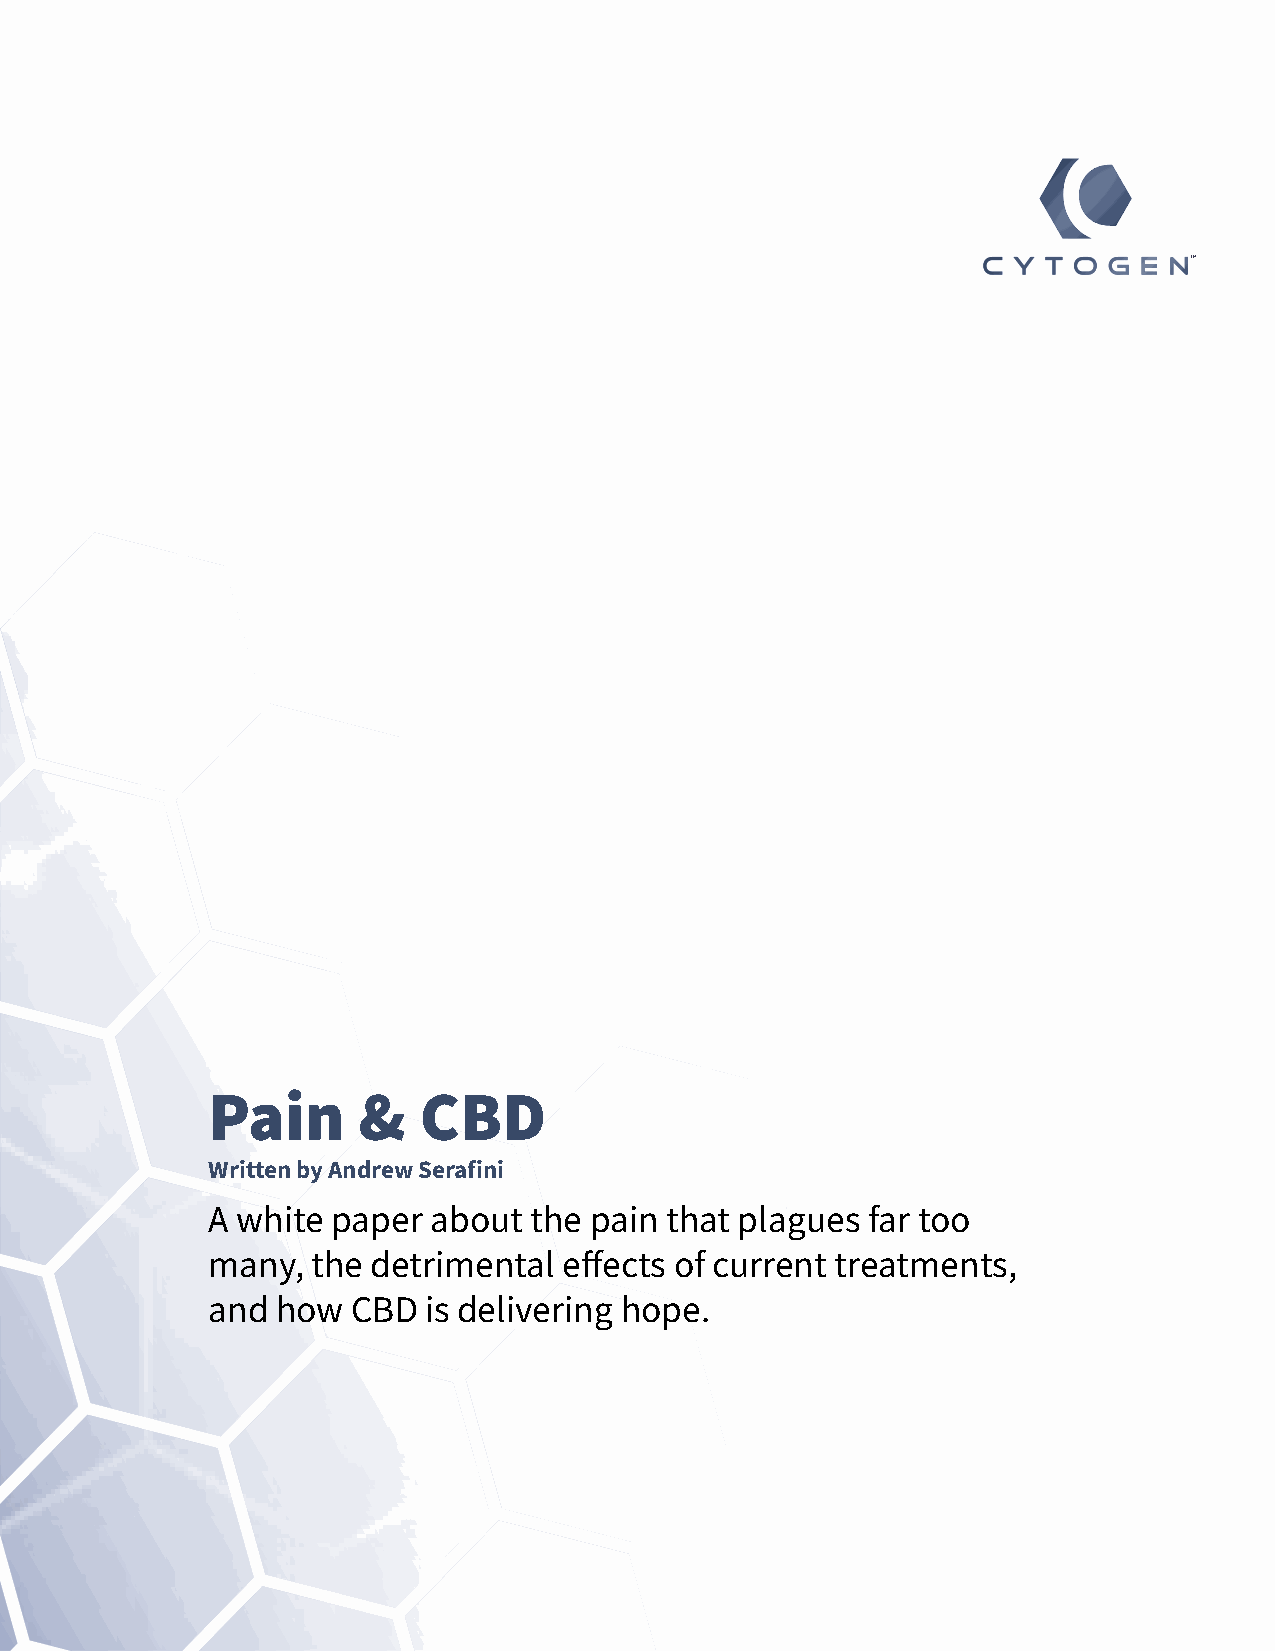
TM
 Pain      &   CBD
 Written by Andrew Serafini
 A white paper about  the pain that plagues far too
 many,  the detrimental effects of current treatments,
 and how  CBD  is delivering hope.